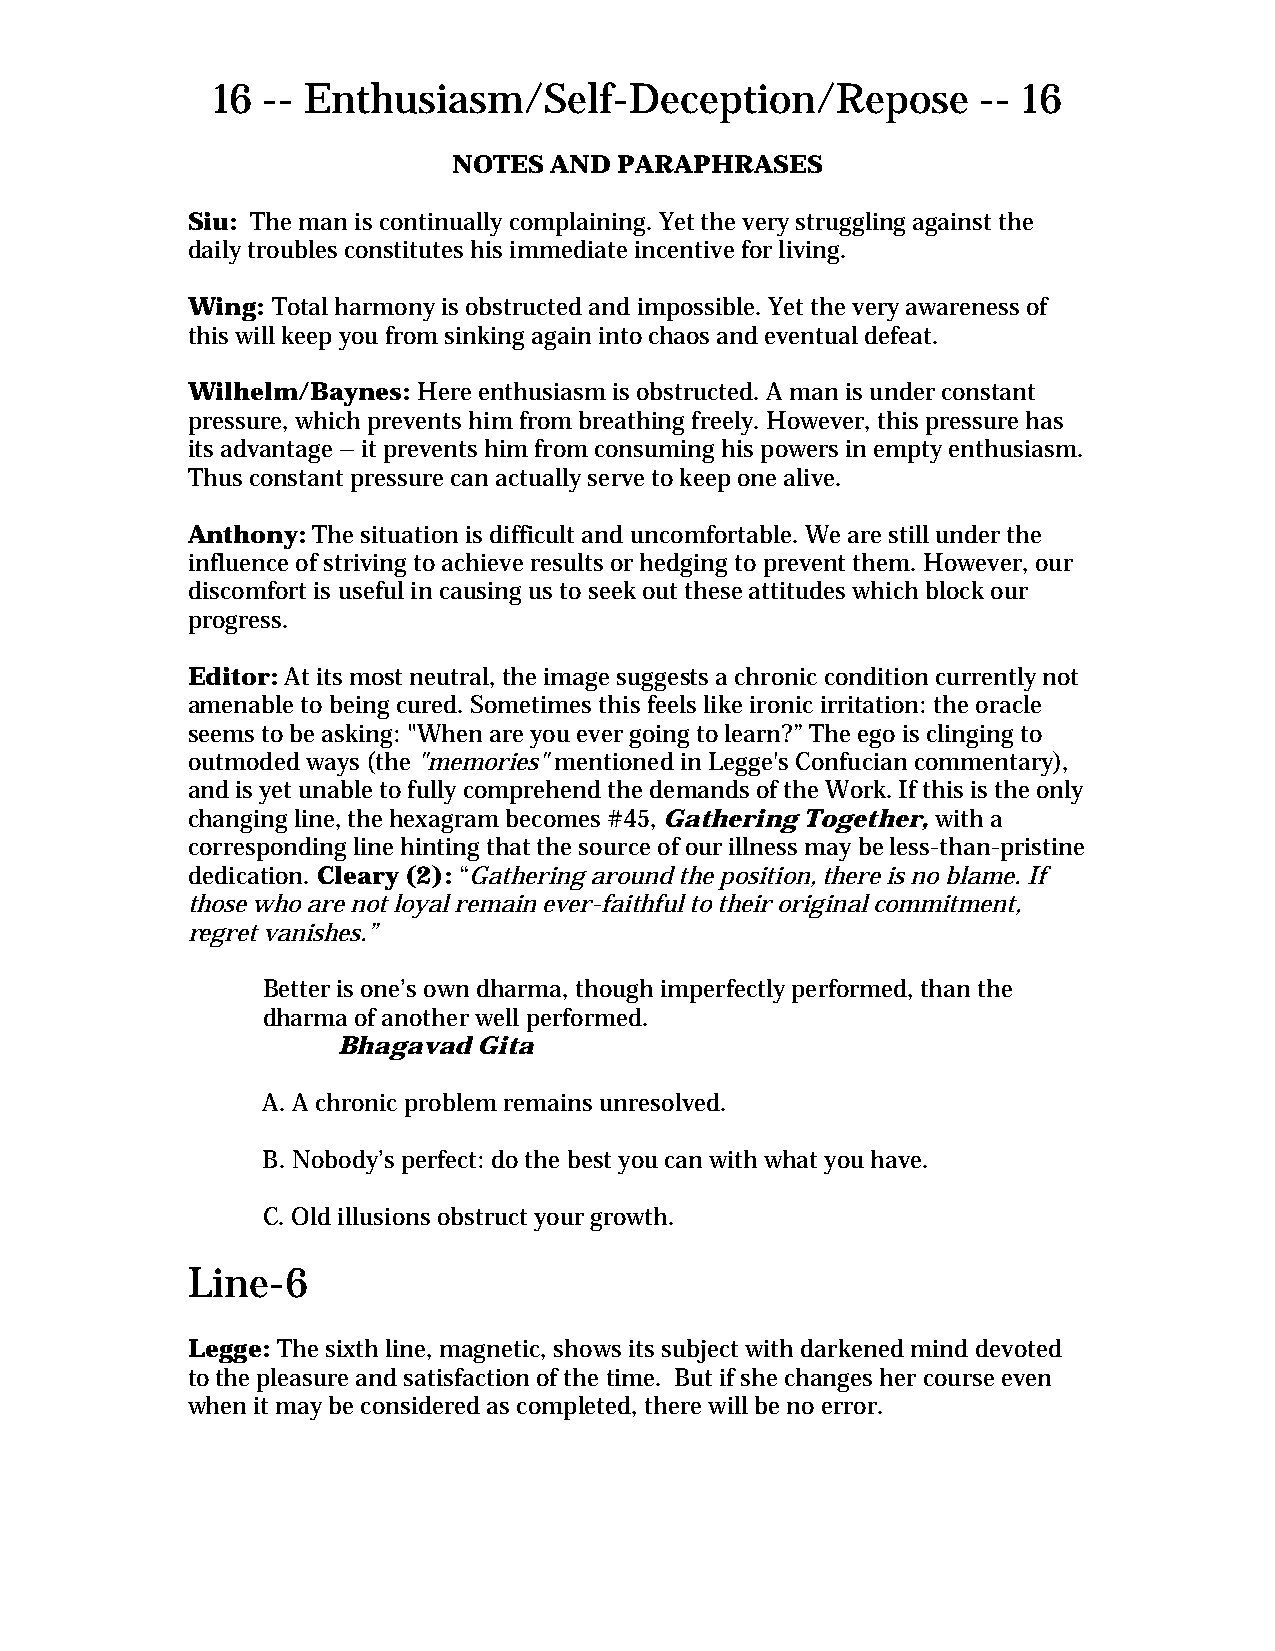
16 -- Enthusiasm/Self-Deception/Repose             -- 16
 NOTES AND  PARAPHRASES
 Siu: The man is continually complaining. Yet the very struggling against the
 daily troubles constitutes his immediate incentive for living.
 Wing: Total harmony is obstructed and impossible. Yet the very awareness of
 this will keep you from sinking again into chaos and eventual defeat.
 Wilhelm/Baynes: Here enthusiasm is obstructed. A man is under constant
 pressure, which prevents him from breathing freely. However, this pressure has
 its advantage – it prevents him from consuming his powers in empty enthusiasm.
 Thus constant pressure can actually serve to keep one alive.
 Anthony: The situation is difficult and uncomfortable. We are still under the
 influence of striving to achieve results or hedging to prevent them. However, our
 discomfort is useful in causing us to seek out these attitudes which block our
 progress.
 Editor: At its most neutral, the image suggests a chronic condition currently not
 amenable to being cured. Sometimes this feels like ironic irritation: the oracle
 seems to be asking: "When are you ever going to learn?” The ego is clinging to
 outmoded ways (the "memories" mentioned in Legge's Confucian commentary),
 and is yet unable to fully comprehend the demands of the Work. If this is the only
 changing line, the hexagram becomes #45, Gathering Together, with a
 corresponding line hinting that the source of our illness may be less-than-pristine
 dedication. Cleary (2): “Gathering around the position, there is no blame. If
 those who are not loyal remain ever-faithful to their original commitment,
 regret vanishes.”
 Better is one’s own dharma, though imperfectly performed, than the
 dharma of another well performed.
 Bhagavad  Gita
 A. A chronic problem remains unresolved.
 B. Nobody’s perfect: do the best you can with what you have.
 C. Old illusions obstruct your growth.
 Line-6
 Legge: The sixth line, magnetic, shows its subject with darkened mind devoted
 to the pleasure and satisfaction of the time. But if she changes her course even
 when it may be considered as completed, there will be no error.